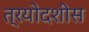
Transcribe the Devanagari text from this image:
त्रयोदशीस